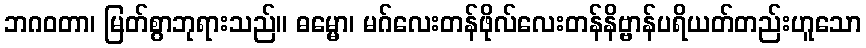
ဘဂဝတာ၊ မြတ်စွာဘုရားသည်။ ဓမ္မော၊ မဂ်လေးတန်ဖိုလ်လေးတန်နိဗ္ဗာန်ပရိယတ်တည်းဟူသော